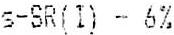
S-SR(I) - 6%